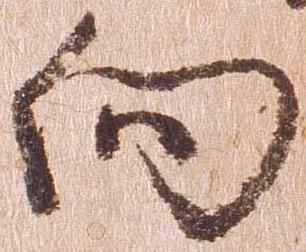
向